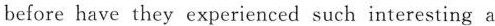
before have they experienced such interesting a